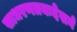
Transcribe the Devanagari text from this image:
साधरणतयःदेखने